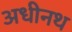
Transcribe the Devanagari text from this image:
अधीनथ